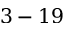
3 - 1 9